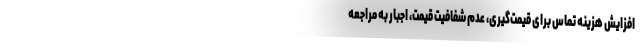
افزایش هزینه‌ تماس برای قیمت‌گیری، عدم شفافیت قیمت، اجبار به مراجعه